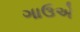
ગાઉએ